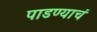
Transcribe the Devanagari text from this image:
पाडण्याचं